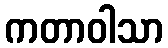
ကတာဝါသာ